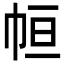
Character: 𢂡